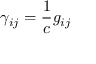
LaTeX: \gamma _ { i j } = \frac { 1 } { c } g _ { i j }